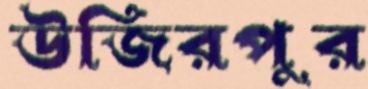
উজিরপুর